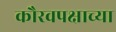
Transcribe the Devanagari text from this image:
कौरवपक्षाच्या